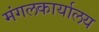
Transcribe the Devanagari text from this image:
मंगलकार्यालय